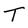
Character: T